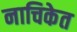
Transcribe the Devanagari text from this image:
नाचिकेत